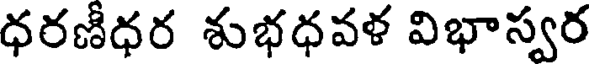
ధరణీధర శుభధవళ విభాస్వర